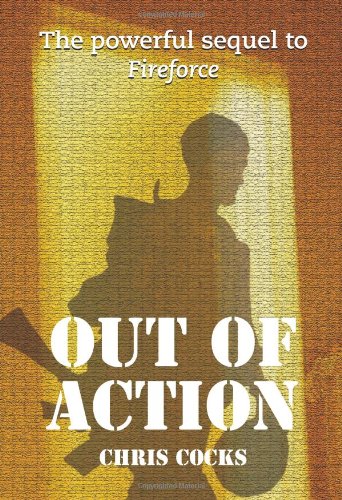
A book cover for Out of Action; Chris Cocks; History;